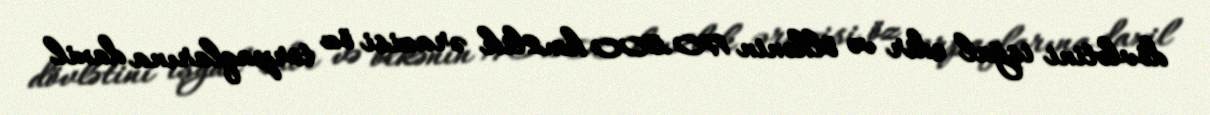
dövlətini işğal edir və ölkənin 170.500 km2lik ərazisi öz torpaqlarına daxil